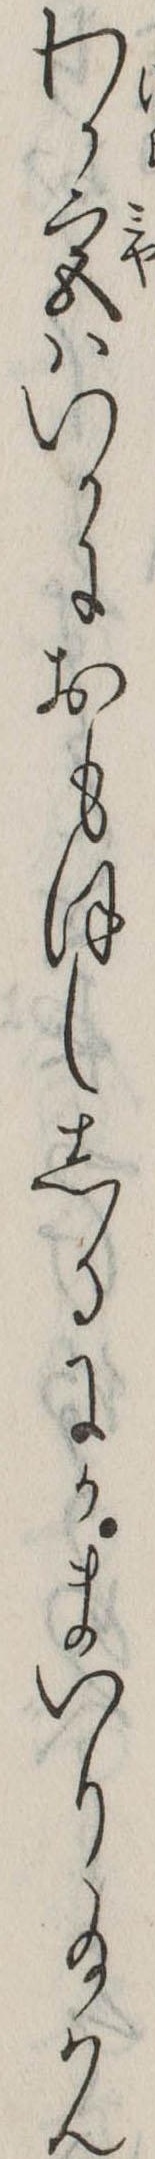
わか宮はいかにおもほししるにかまいり給はん